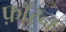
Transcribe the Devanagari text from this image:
फ़ॉरन